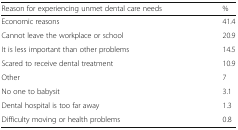
<table><thead><tr><td><b>Reason for experiencing unmet dental care needs</b></td><td><b>%</b></td></tr></thead><tbody><tr><td>Economic reasons</td><td>41.4</td></tr><tr><td>Cannot leave the workplace or school</td><td>20.9</td></tr><tr><td>It is less important than other problems</td><td>14.5</td></tr><tr><td>Scared to receive dental treatment</td><td>10.9</td></tr><tr><td>Other</td><td>7</td></tr><tr><td>No one to babysit</td><td>3.1</td></tr><tr><td>Dental hospital is too far away</td><td>1.3</td></tr><tr><td>Difficulty moving or health problems</td><td>0.8</td></tr></tbody></table>